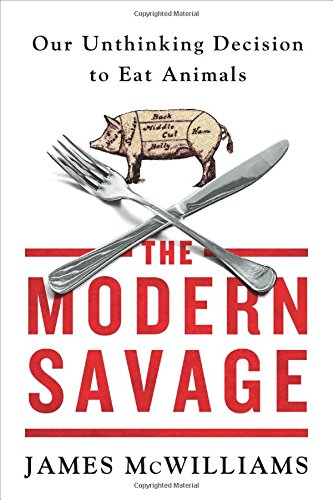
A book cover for The Modern Savage: Our Unthinking Decision to Eat Animals; James McWilliams; Science & Math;